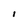
Character: l